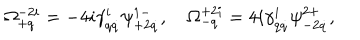
\Omega _ { + q } ^ { - 2 i } = - 4 i \gamma _ { q \dot { q } } ^ { i } \psi _ { + 2 \dot { q } } ^ { 1 - } , \quad \Omega _ { - q } ^ { + 2 i } = 4 i \gamma _ { q \dot { q } } ^ { i } \psi _ { - 2 \dot { q } } ^ { 2 + } ,